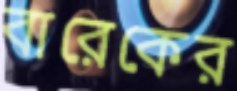
বারেকের